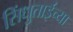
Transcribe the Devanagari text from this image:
सिंधुताईंच्या